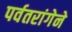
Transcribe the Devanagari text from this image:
पर्वतरांगेने